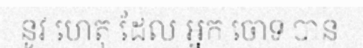
នូវ ហេតុ ដែល អ្នក ចោទ បាន